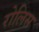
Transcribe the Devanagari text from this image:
रोलिस